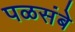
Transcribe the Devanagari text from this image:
पळसंबे